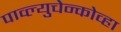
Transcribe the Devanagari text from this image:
पाव्ल्युचेन्कोव्हा